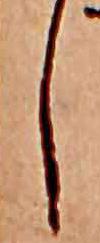
し